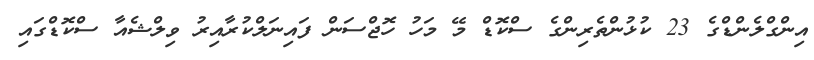
އިންގްލެންޑްގެ 23 ކުޅުންތެރިންގެ ސްކޮޑް މޭ މަހު ހޮޖްސަން ފައިނަލްކުރާއިރު ވިލްޝެއާ ސްކޮޑްގައި